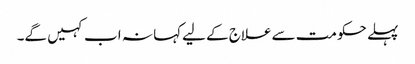
پہلے حکومت سےعلاج کے لیےکہا نہ اب کہیں گے۔